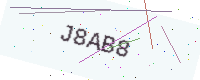
Text: J8AB8